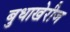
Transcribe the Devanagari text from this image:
बुधाखेरीज